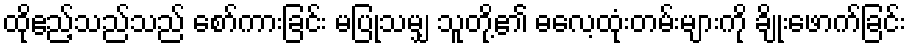
ထိုဧည့်သည်သည် စော်ကားခြင်း မပြုသမျှ သူတို့၏ ဓလေ့ထုံးတမ်းများကို ချိုးဖောက်ခြင်း